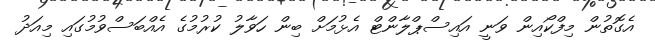
އެގޮތުން މިފްކޯއިން ވަނީ އައިސްޕްލާންޓް އެޅުމަށް ބިން ހަވާލު ކުރުމުގެ އެއްބަސްވުމުގައި މިއަދު